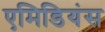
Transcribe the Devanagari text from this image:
एमिडियंस